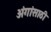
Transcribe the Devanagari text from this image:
अंगांसाठी